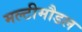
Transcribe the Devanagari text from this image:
मल्टीमौडल